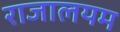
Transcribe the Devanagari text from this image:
राजालयम